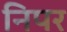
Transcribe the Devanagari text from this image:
निपर